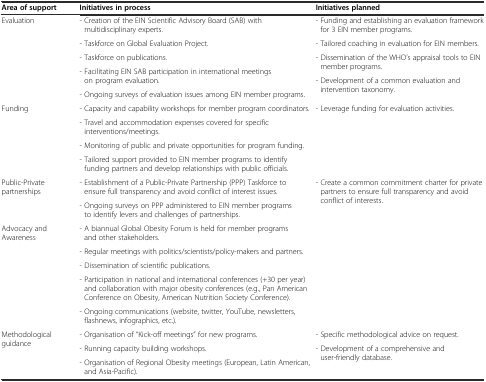
<table><thead><tr><td><b>Area of support</b></td><td><b>Initiatives in process</b></td><td><b>Initiatives planned</b></td></tr></thead><tbody><tr><td>Evaluation</td><td>- Creation of the EIN Scientific Advisory Board (SAB) with multidisciplinary experts.</td><td>- Funding and establishing an evaluation framework for 3 EIN member programs.</td></tr><tr><td></td><td>- Taskforce on Global Evaluation Project.</td><td>- Tailored coaching in evaluation for EIN members.</td></tr><tr><td></td><td>- Taskforce on publications.</td><td>- Dissemination of the WHO’s appraisal tools to EIN member programs.</td></tr><tr><td></td><td>- Facilitating EIN SAB participation in international meetings on program evaluation.</td><td rowspan="2">- Development of a common evaluation and intervention taxonomy.</td></tr><tr><td></td><td>- Ongoing surveys of evaluation issues among EIN member programs.</td></tr><tr><td>Funding</td><td>- Capacity and capability workshops for member program coordinators.</td><td>- Leverage funding for evaluation activities.</td></tr><tr><td></td><td>- Travel and accommodation expenses covered for specific interventions/meetings.</td><td></td></tr><tr><td></td><td>- Monitoring of public and private opportunities for program funding.</td><td></td></tr><tr><td></td><td>- Tailored support provided to EIN member programs to identify funding partners and develop relationships with public officials.</td><td></td></tr><tr><td>Public-Private partnerships</td><td>- Establishment of a Public-Private Partnership (PPP) Taskforce to ensure full transparency and avoid conflict of interest issues.</td><td>- Create a common commitment charter for private partners to ensure full transparency and avoid conflict of interests.</td></tr><tr><td></td><td>- Ongoing surveys on PPP administered to EIN member programs to identify levers and challenges of partnerships.</td><td></td></tr><tr><td>Advocacy and Awareness</td><td>- A biannual Global Obesity Forum is held for member programs and other stakeholders.</td><td rowspan="5"></td></tr><tr><td></td><td>- Regular meetings with politics/scientists/policy-makers and partners.</td></tr><tr><td></td><td>- Dissemination of scientific publications.</td></tr><tr><td></td><td>- Participation in national and international conferences (+30 per year) and collaboration with major obesity conferences (e.g., Pan American Conference on Obesity, American Nutrition Society Conference).</td></tr><tr><td></td><td>- Ongoing communications (website, twitter, YouTube, newsletters, flashnews, infographics, etc.).</td></tr><tr><td>Methodological guidance</td><td>- Organisation of &quot;Kick-off meetings&quot; for new programs.</td><td>- Specific methodological advice on request.</td></tr><tr><td></td><td>- Running capacity building workshops.</td><td>- Development of a comprehensive and user-friendly database.</td></tr><tr><td></td><td>- Organisation of Regional Obesity meetings (European, Latin American, and Asia-Pacific).</td><td></td></tr></tbody></table>